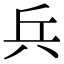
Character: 兵